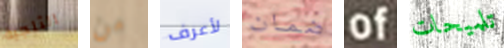
الثلجية من لأعرف ضمان of تلميحات